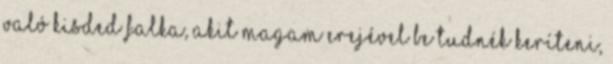
való kisded falka, akit magam erejével be tudnék keríteni,